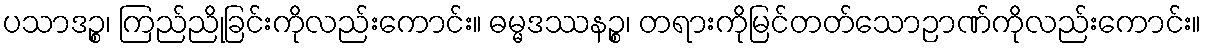
ပသာဒဉ္စ၊ ကြည်ညိုခြင်းကိုလည်းကောင်း။ ဓမ္မဒဿနဉ္စ၊ တရားကိုမြင်တတ်သောဉာဏ်ကိုလည်းကောင်း။